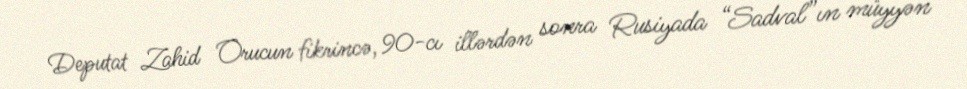
Deputat Zahid Orucun fikrincə, 90-cı illərdən sonra Rusiyada “Sadval”ın müyyən